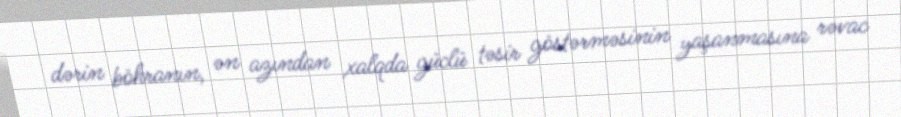
dərin böhranın, ən azından xalqda güclü təsir göstərməsinin yaşanmasına rəvac